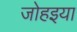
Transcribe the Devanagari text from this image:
जोहइया